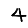
Digit: 4